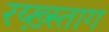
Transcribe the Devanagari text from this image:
रय्ख़्स्ताग